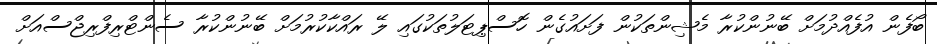
ބޯފެން އުފެއްދުމަށް ބޭނުންކުރާ މެޝިންތަކުން ފަށައުގެން ހޮސްޕިޓަލުތަކުގައި ލޭ ރައްކާކުރުމަށް ބޭނުންކުރާ ސެންޓްރިފްރިޖްސްއަށް